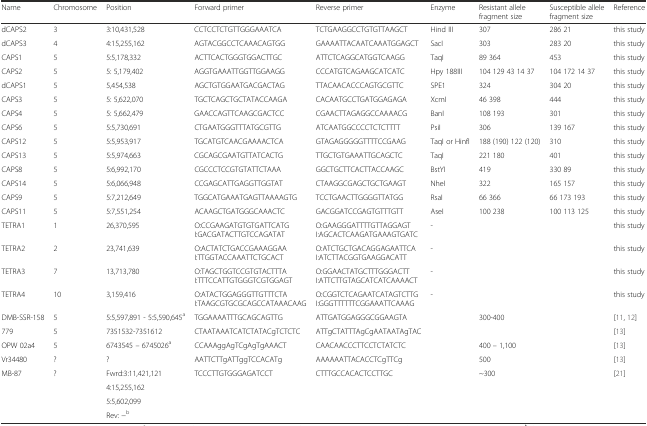
<table><thead><tr><td><b>Name</b></td><td><b>Chromosome</b></td><td><b>Position</b></td><td><b>Forward primer</b></td><td><b>Reverse primer</b></td><td><b>Enzyme</b></td><td><b>Resistant allele fragment size</b></td><td><b>Susceptible allele fragment size</b></td><td><b>Reference</b></td></tr></thead><tbody><tr><td>dCAPS2</td><td>3</td><td>3:10,431,528</td><td>CCTCCTCTGTTGGGAAATCA</td><td>TCTGAAGGCCTGTGTTAAGCT</td><td>Hind III</td><td>307</td><td>286 21</td><td>this study</td></tr><tr><td>dCAPS3</td><td>4</td><td>4:15,255,162</td><td>AGTACGGCCTCAAACAGTGG</td><td>GAAAATTACAATCAAATGGAGCT</td><td>SacI</td><td>303</td><td>283 20</td><td>this study</td></tr><tr><td>CAPS1</td><td>5</td><td>5:5,178,332</td><td>ACTTCACTGGGTGGACTTGC</td><td>ATTCTCAGGCATGGTCAAGG</td><td>TaqI</td><td>89 364</td><td>453</td><td>this study</td></tr><tr><td>CAPS2</td><td>5</td><td>5: 5,179,402</td><td>AGGTGAAATTGGTTGGAAGG</td><td>CCCATGTCAGAAGCATCATC</td><td>Hpy 188III</td><td>104 129 43 14 37</td><td>104 172 14 37</td><td>this study</td></tr><tr><td>dCAPS1</td><td>5</td><td>5,454,538</td><td>AGCTGTGGAATGACGACTAG</td><td>TTACAACACCCAGTGCGTTC</td><td>SPE1</td><td>324</td><td>304 20</td><td>this study</td></tr><tr><td>CAPS3</td><td>5</td><td>5: 5,622,070</td><td>TGCTCAGCTGCTATACCAAGA</td><td>CACAATGCCTGATGGAGAGA</td><td>XcmI</td><td>46 398</td><td>444</td><td>this study</td></tr><tr><td>CAPS4</td><td>5</td><td>5: 5,662,479</td><td>GAACCAGTTCAAGCGACTCC</td><td>CGAACTTAGAGGCCAAAACG</td><td>BanI</td><td>108 193</td><td>301</td><td>this study</td></tr><tr><td>CAPS6</td><td>5</td><td>5:5,730,691</td><td>CTGAATGGGTTTATGCGTTG</td><td>ATCAATGGCCCCTCTCTTTT</td><td>PsiI</td><td>306</td><td>139 167</td><td>this study</td></tr><tr><td>CAPS12</td><td>5</td><td>5:5,953,917</td><td>TGCATGTCAACGAAAACTCA</td><td>GTAGAGGGGGTTTTCCGAAG</td><td>TaqI or HinfI</td><td>188 (190) 122 (120)</td><td>310</td><td>this study</td></tr><tr><td>CAPS13</td><td>5</td><td>5:5,974,663</td><td>CGCAGCGAATGTTATCACTG</td><td>TTGCTGTGAAATTGCAGCTC</td><td>TaqI</td><td>221 180</td><td>401</td><td>this study</td></tr><tr><td>CAPS8</td><td>5</td><td>5:6,992,170</td><td>CGCCCTCCGTGTATTCTAAA</td><td>GGCTGCTTCACTTACCAAGC</td><td>BstYI</td><td>419</td><td>330 89</td><td>this study</td></tr><tr><td>CAPS14</td><td>5</td><td>5:6,066,948</td><td>CCGAGCATTGAGGTTGGTAT</td><td>CTAAGGCGAGCTGCTGAAGT</td><td>NheI</td><td>322</td><td>165 157</td><td>this study</td></tr><tr><td>CAPS9</td><td>5</td><td>5:7,212,649</td><td>TGGCATGAAATGAGTTAAAAGTG</td><td>TCCTGAACTTGGGGTTATGG</td><td>RsaI</td><td>66 366</td><td>66 173 193</td><td>this study</td></tr><tr><td>CAPS11</td><td>5</td><td>5:7,551,254</td><td>ACAAGCTGATGGGCAAACTC</td><td>GACGGATCCGAGTGTTTGTT</td><td>AseI</td><td>100 238</td><td>100 113 125</td><td>this study</td></tr><tr><td>TETRA1</td><td>1</td><td>26,370,595</td><td>O:CCGAAGATGTGTGATTCATGI:GACGATACTTGTCCAGATAT</td><td>O:GAAGGGATTTTGTTAGGAGTI:AGCACTCAAGATGAAAGTGATC</td><td>-</td><td></td><td></td><td>this study</td></tr><tr><td>TETRA2</td><td>2</td><td>23,741,639</td><td>O:ACTATCTGACCGAAAGGAAI:TTGGTACCAAATTCTGCACT</td><td>O:ATCTGCTGACAGGAGAATTCAI:ATCTTACGGTGAAGGACATT</td><td>-</td><td></td><td></td><td>this study</td></tr><tr><td>TETRA3</td><td>7</td><td>13,713,780</td><td>O:TAGCTGGTCCGTGTACTTTAI:TTTCCATTGTGGGTCGTGGAGT</td><td>O:GGAACTATGCTTTGGGACTTI:ATTCTTGTAGCATCATCAAAACT</td><td>-</td><td></td><td></td><td>this study</td></tr><tr><td>TETRA4</td><td>10</td><td>3,159,416</td><td>O:ATACTGGAGGGTTGTTTCTAI:TAAGCGTGCGCAGCCATAAACAAG</td><td>O:CGGTCTCAGAATCATAGTCTTGI:GGGTTTTTTCGGAAATTCAAAG</td><td>-</td><td></td><td></td><td>this study</td></tr><tr><td>DMB-SSR-158</td><td>5</td><td>5:5,597,891 - 5:5,590,645<sup>a</sup></td><td>TGGAAAATTTGCAGCAGTTG</td><td>ATTGATGGAGGGCGGAAGTA</td><td></td><td colspan="2">300-400</td><td>[11, 12]</td></tr><tr><td>779</td><td>5</td><td>7351532-7351612</td><td>CTAATAAATCATCTATACgTCTCTC</td><td>ATTgCTATTTAgCgAATAATAgTAC</td><td></td><td colspan="2"></td><td>[13]</td></tr><tr><td>OPW 02a4</td><td>5</td><td>6743545 – 6745026<sup>a</sup></td><td>CCAAAggAgTCgAgTgAAACT</td><td>CAACAACCCTTCCTCTATCTC</td><td></td><td colspan="2">400 – 1,100</td><td>[13]</td></tr><tr><td>Vr34480</td><td>?</td><td>?</td><td>AATTCTTgATTggTCCACATg</td><td>AAAAAATTACACCTCgTTCg</td><td></td><td colspan="2">500</td><td>[13]</td></tr><tr><td rowspan="4">MB-87</td><td rowspan="4">?</td><td>Fwrd:3:11,421,121</td><td rowspan="4">TCCCTTGTGGGAGATCCT</td><td rowspan="4">CTTTGCCACACTCCTTGC</td><td rowspan="4"></td><td rowspan="4" colspan="2">~300</td><td rowspan="4">[21]</td></tr><tr><td>4:15,255,162</td></tr><tr><td>5:5,602,099</td></tr><tr><td>Rev: −<sup>b</sup></td></tr></tbody></table>